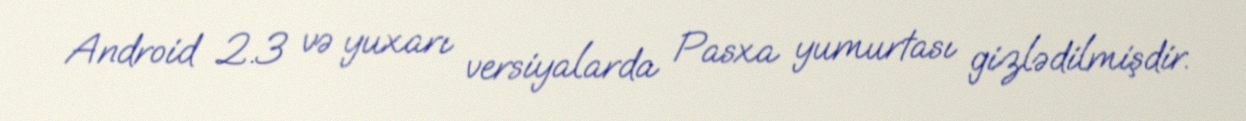
Android 2.3 və yuxarı versiyalarda Pasxa yumurtası gizlədilmişdir.